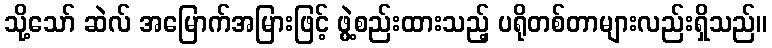
သို့သော် ဆဲလ် အမြောက်အမြားဖြင့် ဖွဲ့စည်းထားသည့် ပရိုတစ်တာများလည်းရှိသည်။